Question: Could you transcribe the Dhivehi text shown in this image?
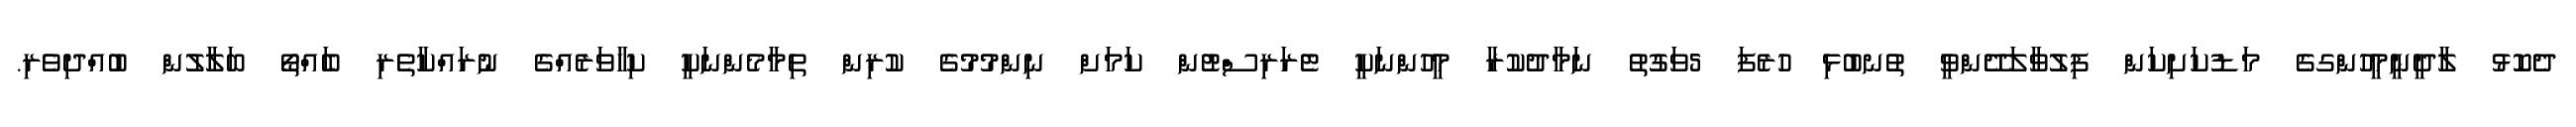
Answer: ދެކޮޅު ލާދީނީމީހުންގގެ މަޑުކަށިކަން ފިލުވާލަދޭންވީ ތުނބުޅި ހުރެފަ 5ވަގުތު ނަމާދުކުރާ މީހުންނަކީ ޓެރަރިސްޓުން ކަމަށް ނިންމުމުގެ ކުރިން ތިމާމެންނަކީ ކިހާވަރެއްގެ ނުރައްކާތެރި ބަެއްތޯ ބަލާލުން ބުއްދިވެރި.